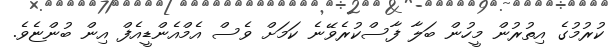
ކުރުމުގެ އިތުރުން މީހުން ބަލާ ފާސްކުރެވޭނެ ކަމަށް ވެސް އެމްއެންޑީއެފް އިން ބުންޏެވެ.